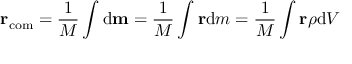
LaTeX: \mathbf { r } _ { \mathrm { c o m } } = { \frac { 1 } { M } } \int \mathrm { d } \mathbf { m } = { \frac { 1 } { M } } \int \mathbf { r } \mathrm { d } m = { \frac { 1 } { M } } \int \mathbf { r } \rho \mathrm { d } V